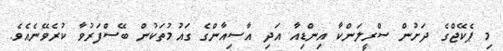
މި ޕެކޭޖްގެ ދަށުން ސްރީލަންކާ އިންޑިއާ އަދި އާސިއާންގެ ގައުމުތަކުން ބޭސްފަރުވާ ކުރެވޭނެއެވެ.